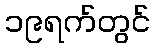
၁၉ရက်တွင်